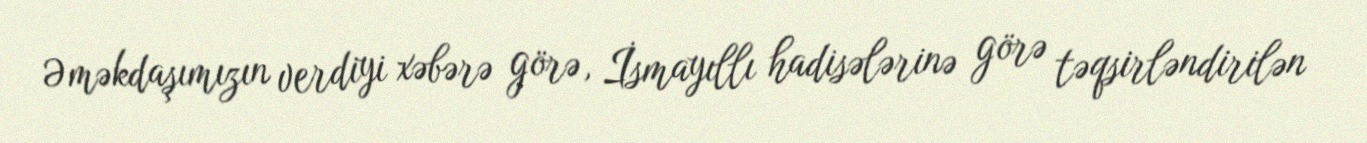
Əməkdaşımızın verdiyi xəbərə görə, İsmayıllı hadisələrinə görə təqsirləndirilən